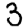
Digit: 3